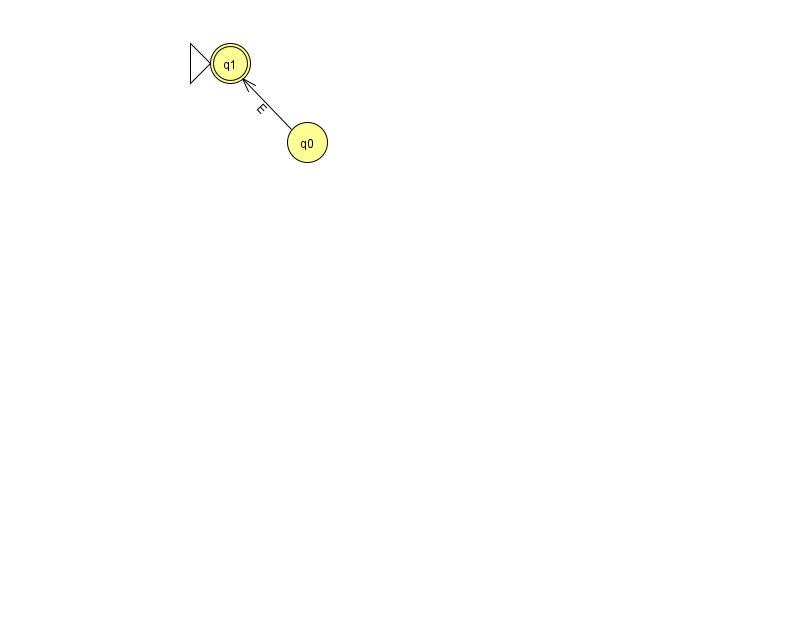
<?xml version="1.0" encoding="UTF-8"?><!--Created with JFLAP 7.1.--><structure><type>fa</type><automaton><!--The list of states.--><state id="0" name="q0"><x>307.0</x><y>129.0</y></state><state id="1" name="q1"><x>230.0</x><y>50.0</y><initial/><final/></state><!--The list of transitions.--><transition><from>0</from><to>1</to><read>E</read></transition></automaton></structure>